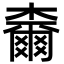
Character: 𣝧